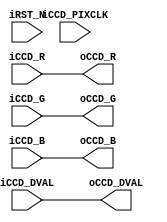
module recolor(	//	Input Side
					iCCD_R,
					iCCD_G,
					iCCD_B,
					iCCD_DVAL,
					iCCD_PIXCLK,
					iRST_N,
					//	Output Side
					oCCD_R,
					oCCD_G,
					oCCD_B,
					oCCD_DVAL	);
//	Input Side					
input	[9:0]	iCCD_R;
input	[9:0]	iCCD_G;
input	[9:0]	iCCD_B;
input			iCCD_DVAL;
input			iCCD_PIXCLK;
input			iRST_N;
//	Output Side
output	[9:0]	oCCD_R;
output	[9:0]	oCCD_G;
output	[9:0]	oCCD_B;
output			oCCD_DVAL;
//	Internal Registers
reg		[9:0]	Z_Cont;
reg				mCCD_DVAL;

assign	oCCD_DVAL	=	iCCD_DVAL;

assign oCCD_R = iCCD_R; //& 10'b1000000000;
assign oCCD_G = iCCD_G; //& 10'b1000000000;
assign oCCD_B = iCCD_B; //& 10'b1000000000;
//assign oCCD_R = 10'b1000000000;
//assign oCCD_G = 10'b0000000000;
//assign oCCD_B = 10'b0000000000;

//SCrew with the colors.
//Stack_RAM (
//			.clock(iCCD_PIXCLK),
//			.data(iCCD_B),
//			.rdaddress(Z_Cont),
//			.wraddress(Z_Cont),
//			.wren(iCCD_DVAL),
//			.q(oCCD_R));
//
//Stack_RAM (
//			.clock(iCCD_PIXCLK),
//			.data(iCCD_B),
//			.rdaddress(Z_Cont),
//			.wraddress(Z_Cont),
//			.wren(iCCD_DVAL),
//			.q(oCCD_G));
//
//Stack_RAM (
//			.clock(iCCD_PIXCLK),
//			.data(iCCD_B),
//			.rdaddress(Z_Cont),
//			.wraddress(Z_Cont),
//			.wren(iCCD_DVAL),
//			.q(oCCD_B));

endmodule